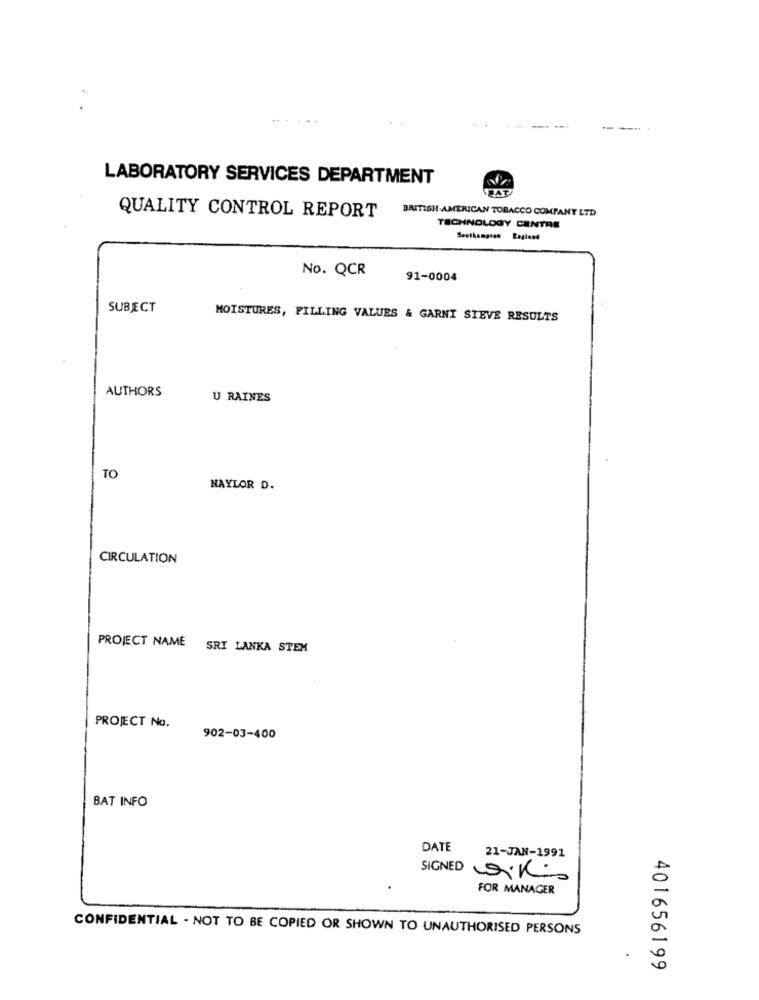
LABORATORY SERVICES DEPARTMENT
BRITISH AMERICAN TOBACCO COMPANY LTD
QUALITY CONTROL REPORT
TECHNOLOGY CENTRE
No. QCR
91-0004
SUBECT
MOISTURES, FILLING VALUES & GARNI SIEVE RESULTS
AUTHORS
U RAINES
TO
NAYLOR D.
CIRCULATION
PROJECT NAME SRI LANKA STEM
PROJECT No.
902-03-400
BAT INFO
DATE
21-JAN-1991
SIGNED Dikli.
FOR MANAGER
CONFIDENTIAL - NOT TO BE COPIED OR SHOWN TO UNAUTHORISED PERSONS
401656199